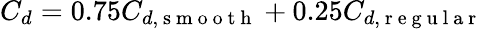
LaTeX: C_{d}=0.75C_{d,\mathrm{~s~m~o~o~t~h~}}+0.25C_{d,\mathrm{~r~e~g~u~l~a~r~}}